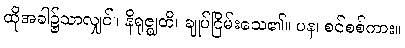
ထိုအခါ၌သာလျှင်။ နိရုဇ္ဈတိ၊ ချုပ်ငြိမ်းသေ၏။ ပန၊ စင်စစ်ကား။